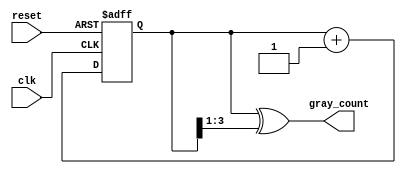
`timescale 1ns / 1ps
//////////////////////////////////////////////////////////////////////////////////
// Company: 
// Engineer: 
// 
// Design Name: 
// Module Name:    a 
// Project Name: 
// Target Devices: 
// Tool versions: 
// Description: 
//
// Dependencies: 
//
// Revision: 
// Revision 0.01 - File Created
// Additional Comments: 
//
//////////////////////////////////////////////////////////////////////////////////
module a(clk,reset,gray_count);
	input clk,reset;
	output [3:0] gray_count;
	reg [3:0] count;
	
	always @(posedge clk,posedge reset)begin
		if(reset)
			count <= 0 ;
		else
			count <= count + 1;
	end
	
	assign gray_count = count ^ count >> 1 ;


endmodule